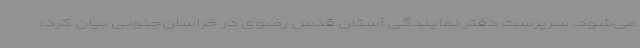
می‌شود. سرپرست دفتر نمایندگی آستان قدس رضوی در خراسان‌جنوبی بیان کرد: